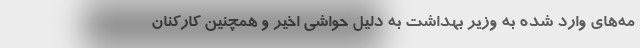
مه‌های وارد شده به وزیر بهداشت به دلیل حواشی اخیر و همچنین کارکنان